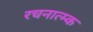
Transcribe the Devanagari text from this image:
रचनात्म्क